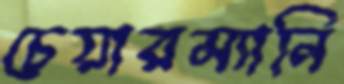
চেয়ারম্যানি